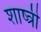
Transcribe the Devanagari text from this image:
शाष्त्री